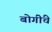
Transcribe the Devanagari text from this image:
बोगींचे